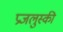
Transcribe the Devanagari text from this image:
प्रजलुस्की